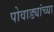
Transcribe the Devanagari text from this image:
पोवाड्यांच्या